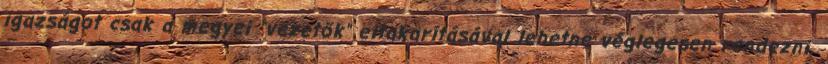
igazságot csak a megyei "vezetők" eltakarításával lehetne véglegesen rendezni.